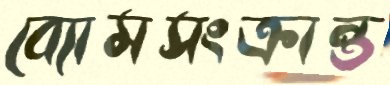
ব্যোমসংক্রান্ত